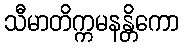
သီမာတိက္ကမနန္တိကော